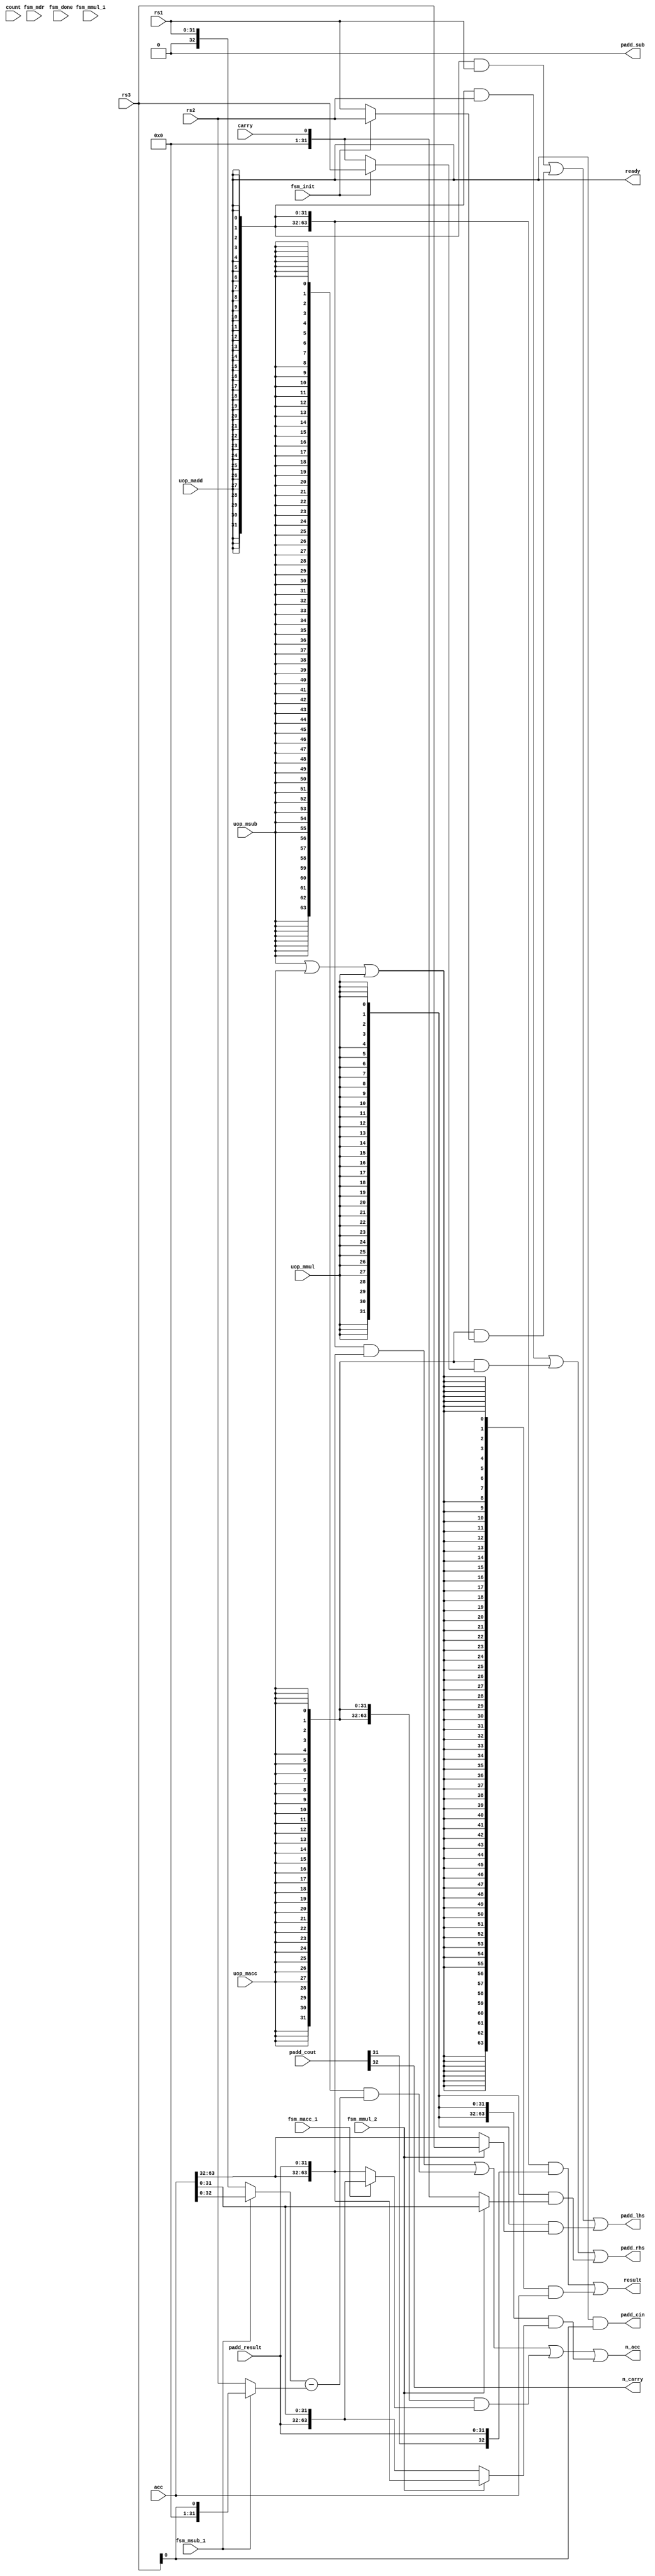
// This program was cloned from: https://github.com/scarv/xcrypto
// License: MIT License


//
// module: xc_malu_long
//
//  Module responsible for handline atomic parts of the multi-precision
//  arithmetic instructions.
//
// 
// xc.madd.3
// - acc <= r1  + r2 + r3[0]
// 
// xc.msub.3
// - acc[31:0] <= r1  - r2
// - acc[31:0] <= acc[31:0] - r3[0]
// 
// xc.macc
// - {carry, acc[31:0]} <= r2 + r3; acc[63:32] <= r1
// - acc[63:32] <= acc[63:32] + carry;
// 
// xc.mmul.3
// - acc <= rs1 * rs2
// - {carry, acc[31:0]} <= acc[31:0] + r3; 
// - acc[63:32] <= acc[63:32] + carry;
// 
//
module xc_malu_long (

input  wire [31:0]  rs1             , //
input  wire [31:0]  rs2             , //
input  wire [31:0]  rs3             , //

input  wire         fsm_init        ,
input  wire         fsm_mdr         ,
input  wire         fsm_msub_1      ,
input  wire         fsm_macc_1      ,
input  wire         fsm_mmul_1      ,
input  wire         fsm_mmul_2      ,
input  wire         fsm_done        ,

input  wire [63:0]  acc             ,
input  wire [ 0:0]  carry           ,
input  wire [ 5:0]  count           ,

output wire [31:0]  padd_lhs        , // Left hand input
output wire [31:0]  padd_rhs        , // Right hand input.
output wire         padd_cin        , // Carry in bit.
output wire [ 0:0]  padd_sub        , // Subtract if set, else add.

input       [32:0]  padd_cout       , // Carry bits
input       [31:0]  padd_result     , // Result of the operation

input  wire         uop_madd        , //
input  wire         uop_msub        , //
input  wire         uop_macc        , //
input  wire         uop_mmul        , //

output wire         n_carry         ,
output wire [63:0]  n_acc           ,
output wire [63:0]  result          ,
output wire         ready           

);


//
// xc.msub

wire [32:0] msub_lhs_0 = {1'b0,rs1};
wire [32:0] msub_lhs_1 = acc[32:0];

wire [32:0] msub_rhs_0 = {1'b0,rs2};
wire [32:0] msub_rhs_1 = {32'b0, rs3[0]};

wire [32:0] msub_lhs   = fsm_msub_1 ? msub_lhs_1 : msub_lhs_0;
wire [32:0] msub_rhs   = fsm_msub_1 ? msub_rhs_1 : msub_rhs_0;

// TODO: Re-use the padd interface.
wire [32:0] sub_result = $unsigned(msub_lhs) - 
                         $unsigned(msub_rhs) ;

//
// xc.macc

wire [31:0] macc_lhs_0 = rs2;
wire [31:0] macc_lhs_1 = rs1;

wire [31:0] macc_rhs_0 = rs3;
wire [31:0] macc_rhs_1 = {31'b0, carry};

wire [31:0] macc_lhs   = fsm_init ? macc_lhs_0 : macc_lhs_1;
wire [31:0] macc_rhs   = fsm_init ? macc_rhs_0 : macc_rhs_1;

wire [63:0] macc_acc_0 = {acc[63:32]    , padd_result  };
wire [63:0] macc_acc_1 = {padd_result   , acc[31:0]    };
wire [63:0] macc_n_acc = fsm_macc_1 ? macc_acc_1 : macc_acc_0;

//
// xc.mmul

wire [31:0] mmul_lhs_0 = rs3;
wire [31:0] mmul_lhs_1 = acc[63:32];

wire [31:0] mmul_rhs_0 = acc[31:0];
wire [31:0] mmul_rhs_1 = {31'b0, carry};

wire [31:0] mmul_lhs   = fsm_mmul_2 ? mmul_lhs_0 : mmul_lhs_1;
wire [31:0] mmul_rhs   = fsm_mmul_2 ? mmul_rhs_0 : mmul_rhs_1;

wire [63:0] mmul_acc_0 = {acc[63:32]    , padd_result  };
wire [63:0] mmul_acc_1 = {padd_result   , acc[31:0]    };
wire [63:0] mmul_n_acc = fsm_mmul_2 ? mmul_acc_0 : mmul_acc_1;

//
// padd signal selection
// -----------------------------------------------------

assign padd_lhs     = {32{uop_madd}} & rs1      |
                      {32{uop_macc}} & macc_lhs |
                      {32{uop_mmul}} & mmul_lhs ;

assign padd_rhs     = {32{uop_madd}} & rs2      |
                      {32{uop_macc}} & macc_rhs |
                      {32{uop_mmul}} & mmul_rhs ;

assign padd_sub     = 1'b0;

assign padd_cin     = uop_madd  && rs3[0]               ;

assign n_carry      = padd_cout[32]                 ;

assign n_acc        = {64{uop_madd}} & {acc[63:32], padd_result} |
                      {64{uop_msub}} & {31'b0, sub_result      } |
                      {64{uop_macc}} & {macc_n_acc             } |
                      {64{uop_mmul}} & {mmul_n_acc             } ;

wire   result_acc   = uop_msub || uop_macc || uop_mmul;

assign result       = {64{uop_madd}} & {31'b0, padd_cout[31], padd_result} |
                      {64{result_acc}} & {acc                            } ;

assign ready        = uop_madd;

endmodule